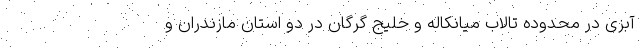
آبزی در محدوده تالاب میانکاله و خلیج گرگان در دو استان مازندران و